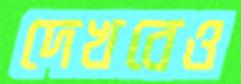
দেখবেও